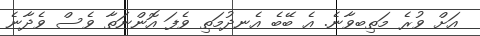
އަށް ވުރެ މަތިބވާނެ. އެ ބޭބެ އެނދުމަތި ވެފަ އޮންނަތާ ވެސް ވެދާނެ